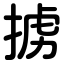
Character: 掳